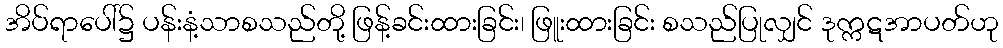
အိပ်ရာပေါ်၌ ပန်းနံ့သာစသည်တို့ ဖြန့်ခင်းထားခြင်း၊ ဖြူးထားခြင်း စသည်ပြုလျှင် ဒုက္ကဋအာပတ်ဟု